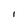
Character: 1